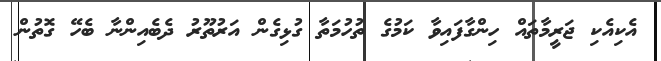
އެކިއެކި ޖަރީމާތައް ހިންގާފައިވާ ކަމުގެ ތުހުމަތާ ގުޅިގެން އަރުތޫރު ދެބެއިންނާ ބެހޭ ގޮތުން